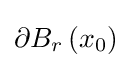
\partial B_{r}\left(x_{0}\right)